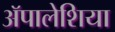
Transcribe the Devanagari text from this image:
ॲपालेशिया